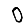
Digit: 0